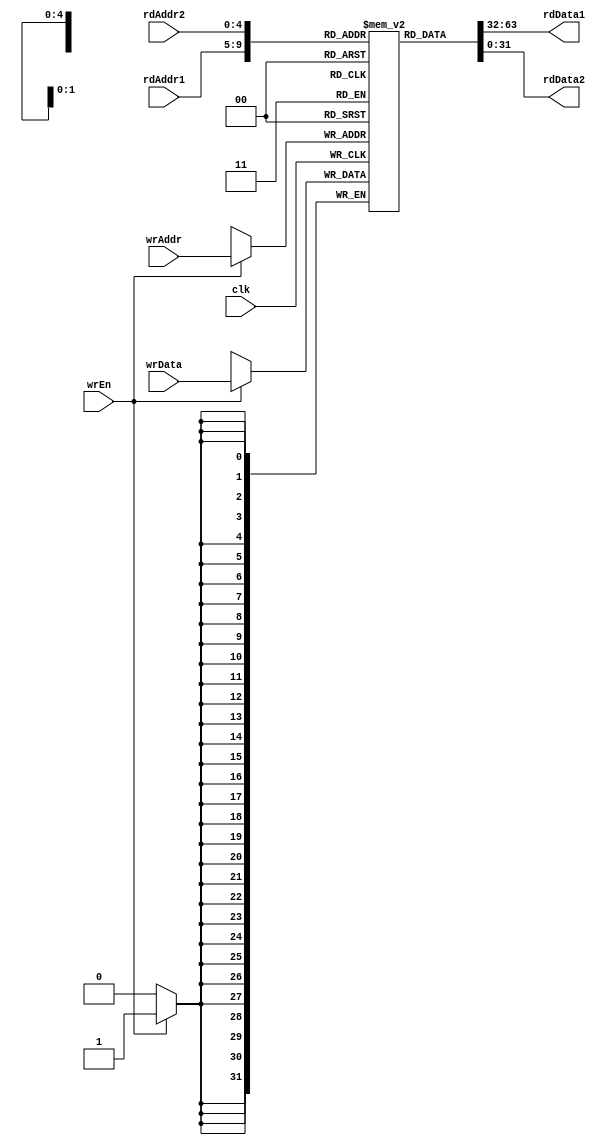
module regfile(
    input clk,
    input [4:0] rdAddr1, rdAddr2, // Direcciones de lectura para los registros 1 y 2
    input [4:0] wrAddr,            // Direccin de escritura
    input wrEn,                    // Habilitador de escritura
    input [31:0] wrData,           // Datos a escribir
    output reg [31:0] rdData1,     // Datos ledos del registro 1
    output reg [31:0] rdData2      // Datos ledos del registro 2
);

reg [31:0] regfile[31:0]; // Definicin del banco de registros de 32 bits

// Proceso de escritura en el banco de registros
always @(posedge clk) begin
    if (wrEn) begin
        regfile[wrAddr] <= wrData;
    end
end

// Proceso de lectura desde el banco de registros
always @(*) begin
    rdData1 = regfile[rdAddr1];
    rdData2 = regfile[rdAddr2];
end

endmodule